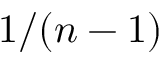
1 / ( n - 1 )